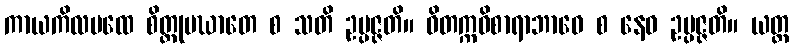
ကာယကိလမထေ စိတ္တုပဃာတေ စ သတိ ဥပ္ပဇ္ဇတိ။ ဝိတက္ကဝိစာရာဘာဝေ စ နေဝ ဥပ္ပဇ္ဇတိ။ ယတ္ထ